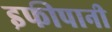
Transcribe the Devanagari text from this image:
इफीपानी